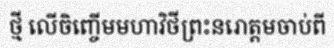
ថ្មី លើចិញ្ចើមមហាវិថីព្រះនរោត្តមចាប់ពី